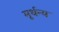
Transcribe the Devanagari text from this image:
मूर्धन्‍य